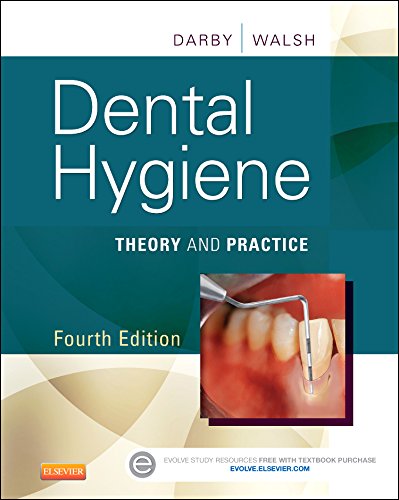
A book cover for Dental Hygiene: Theory and Practice, 4e; Michele Leonardi Darby BSDH  MS; Medical Books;